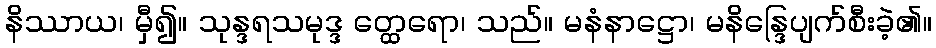
နိဿာယ၊ မှီ၍။ သုန္ဒရသမုဒ္ဒ တ္ထေရော၊ သည်။ မနံနာဋ္ဌော၊ မနိန္ဒြေပျက်စီးခဲ့၏။